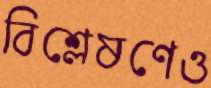
বিশ্লেষণেও